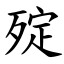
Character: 㱨